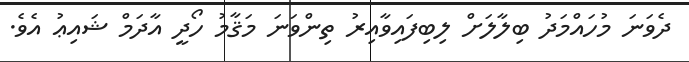
ދެވަނަ މުހައްމަދު ބިލާލަށް ލިބިފައިވާއިރު ތިންވަނަ މަޤާމު ހޯދީ އާދަމް ޝައިޢު އެވެ.